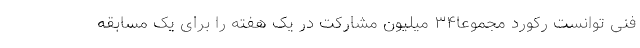
فنی توانست رکورد مجموعا۳۴ میلیون مشارکت در یک هفته را برای یک مسابقه